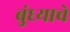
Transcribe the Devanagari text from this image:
बुंध्याचे